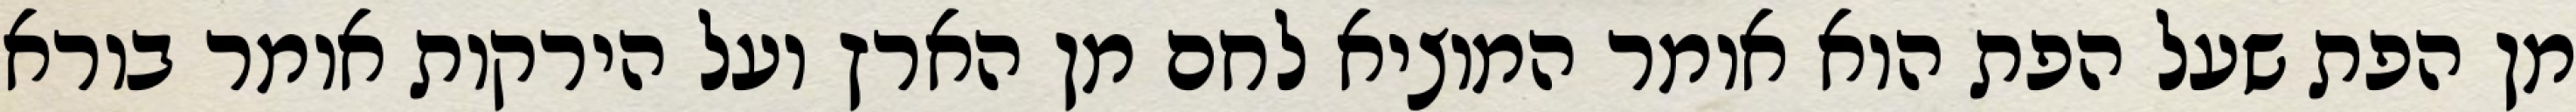
מן הפת שעל הפת הוא אומר המוציא לחם מן הארץ ועל הירקות אומר בורא